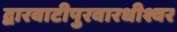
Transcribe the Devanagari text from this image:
द्वारवाटीपुरवारधीश्वर